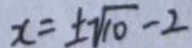
x = \pm \sqrt { 1 0 } - 2